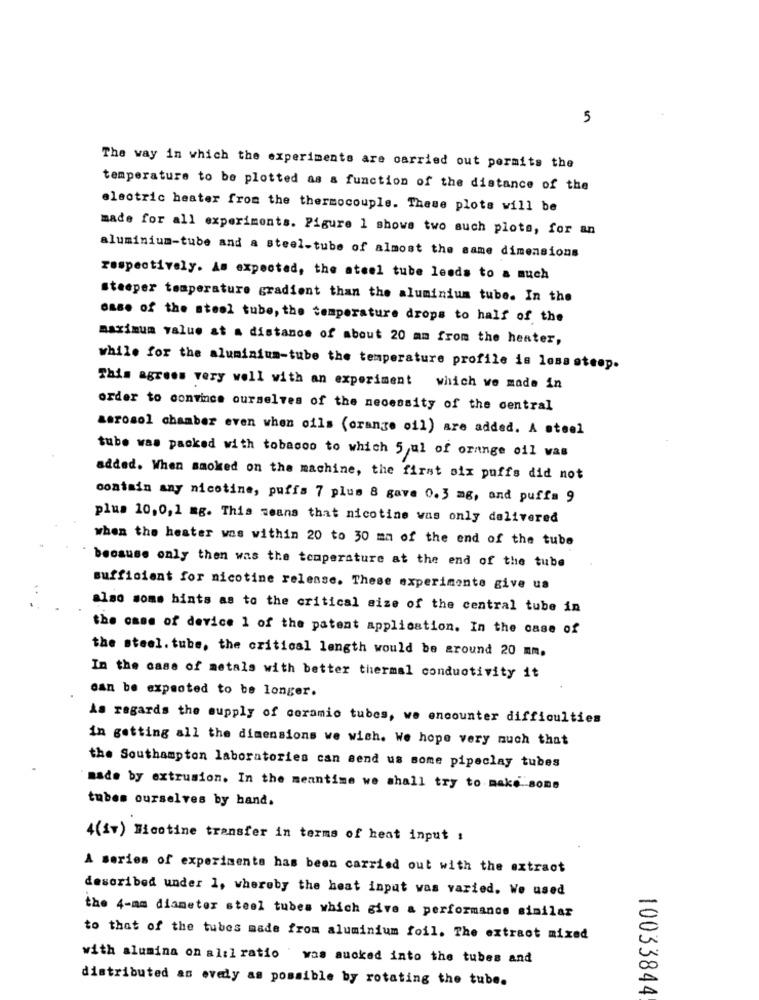
5
The way in which the experiments are carried out permits the
temperature to be plotted as a function of the distance of the
electric heater from the thermocouple. These plots will be
made for all experiments. Figure 1 shows two such plots, for an
aluminium-tube and a steel-tube of almost the same dimensions
respectively. As expected, the ateel tube leads to a much
Steeper temperature gradient than the aluminium tube. In the
ease of the steel tube, the temperature drops to half of the
maximum value at a distance of about 20 mm from the heater,
while for the aluminium-tube the temperature profile is less steep.
This agrees very well with an experiment which we made in
order to convince ourselves of the necessity of the central
aerosol chamber even when oils (orange oil) are added. A steel
tube was packed with tobacco to which 5,ul of orange oil was
added. When smoked on the machine, the first six puffs did not
contain any nicotine, puffs 7 plus 8 gave 0.3 mg, and puffa 9
plus 10,0, 1 mg. This means that nicotine was only delivered
when the heater was within 20 to 30 mm of the end of the tube
because only then was the temperature at the end of the tube
sufficient for nicotine release. These experimente give us
also some hints as to the critical size of the central tube in
the case of device 1 of the patent application. In the case of
the steel. tube, the critical length would be around 20 mm.
In the case of metals with better thermal conductivity it
can be expected to be longer.
As regards the supply of coramio tubes, we encounter difficulties
in getting all the dimensions we wish. We hope very much that
the Southampton laboratories can send us some pipeclay tubes
made by extrusion. In the meantime we shall try to make some
tubes ourselves by hand.
4(iv) Nicotine transfer in terms of heat input :
A series of experiments has been carried out with the extract
described under 1, whereby the heat input was varied. We used
the 4-mm diameter steel tubes which give a performance similar
to that of the tubes made from aluminium foil. The extract mixed
with alumina on alil ratio was mucked into the tubes and
distributed an evedly as possible by rotating the tube.
10033844